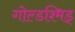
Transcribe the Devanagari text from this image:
गोल्डश्मिड्